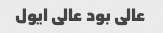
عالی بود عالی ایول